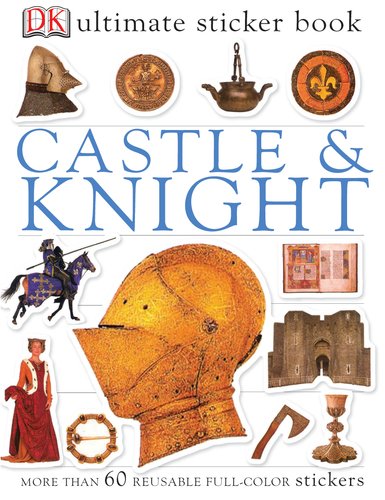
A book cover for Ultimate Sticker Book: Castle and Knight (Ultimate Sticker Books); DK Publishing; Children's Books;